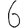
Digit: 6